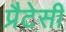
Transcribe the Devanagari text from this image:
प्रैटेसी